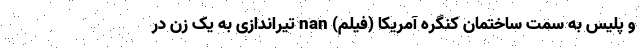
و پلیس به سمت ساختمان کنگره آمریکا (فیلم) nan تیراندازی به یک زن در